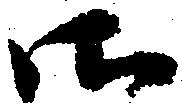
御